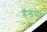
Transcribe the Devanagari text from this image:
हॅन्डसेट